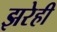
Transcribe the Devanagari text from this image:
झरेही